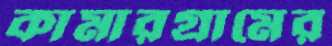
কামারগ্রামের